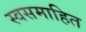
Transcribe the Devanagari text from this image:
स्वसमाहित